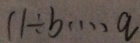
1 1 \div b \cdots q